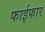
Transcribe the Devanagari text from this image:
फाईफार